Scottish Leaving Certificate Examination, 1959
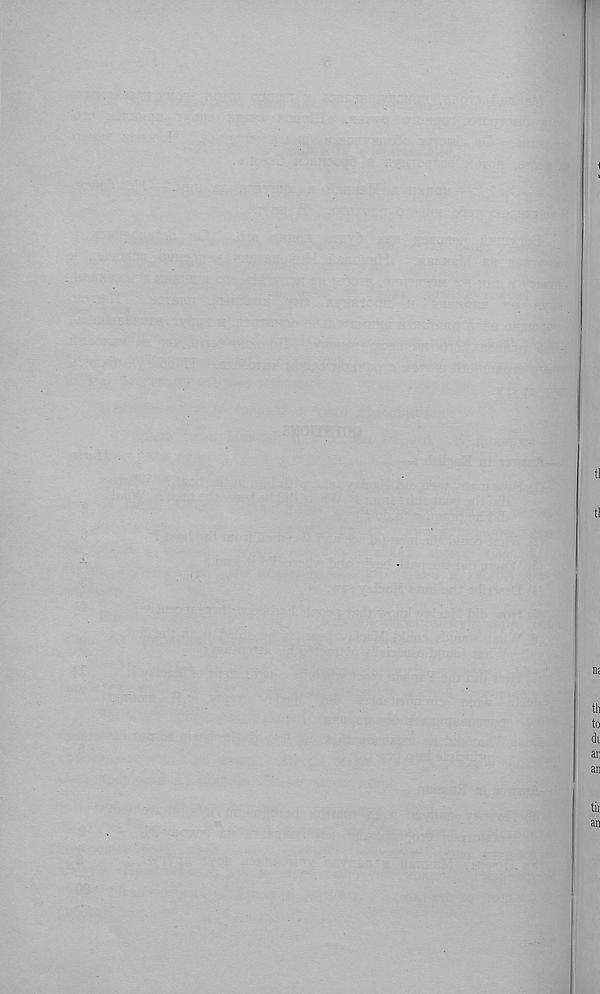
tl
tl
m
th
to
di
an
an
tir
an